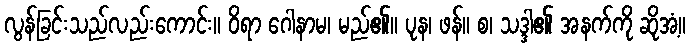
လွန်ခြင်းသည်လည်းကောင်း။ ဝိရာ ဂေါနာမ၊ မည်၏။ ပုန၊ ဖန်။ စ၊ သဒ္ဒါ၏ အနက်ကို ဆိုအံ့။